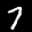
Label: 7